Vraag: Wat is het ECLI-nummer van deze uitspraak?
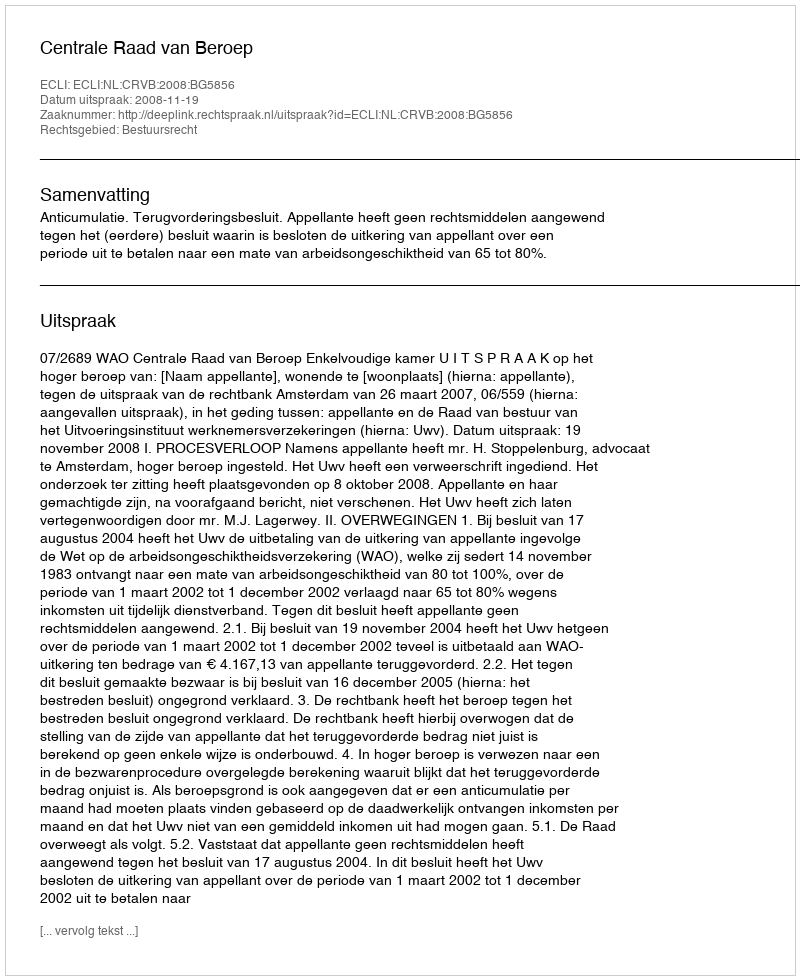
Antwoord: ECLI:NL:CRVB:2008:BG5856